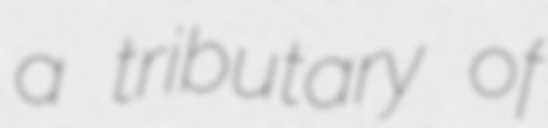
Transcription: a tributary of